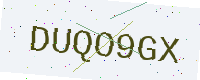
Text: DUQO9GX